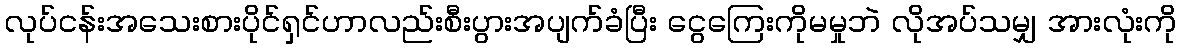
လုပ်ငန်းအသေးစားပိုင်ရှင်ဟာလည်းစီးပွားအပျက်ခံပြီး ငွေကြေးကိုမမှုဘဲ လိုအပ်သမျှ အားလုံးကို